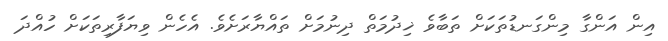
އިން އަންގާ މިންގަނޑުތަަކަށް ތަބާވެ ޚިދުމަތް ދިނުމަށް ތައްޔާރަށެވެ. އެހެން ވިޔަފާރިތަކަށް ހުއްދަ